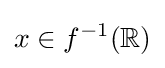
x\in f^{-1}(\mathbb {R} )